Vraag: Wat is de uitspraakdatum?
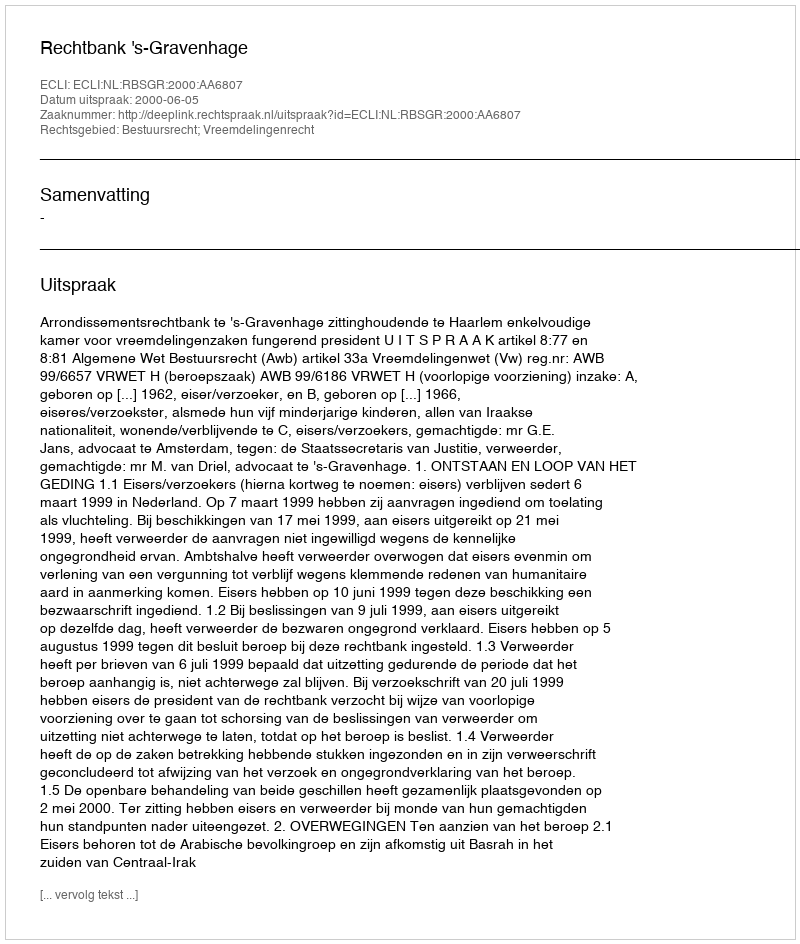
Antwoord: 2000-06-05